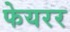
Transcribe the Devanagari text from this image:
फेयरर